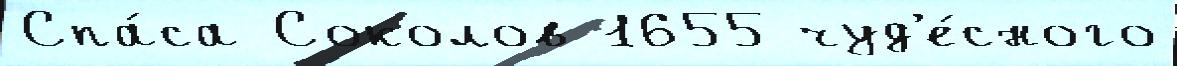
Спа́са Соколов 1655 чуд'е́сного